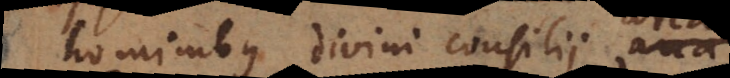
bus divini consilii arcana